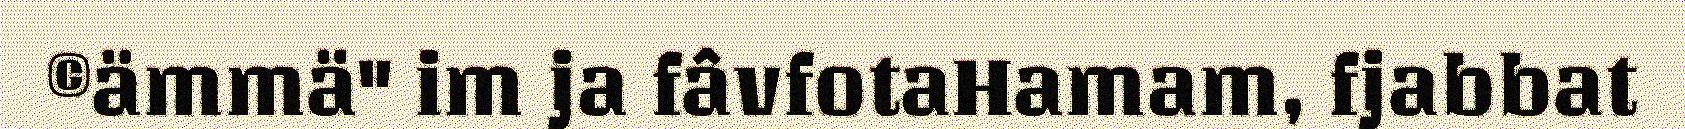
©ämmä" im ja fâvfotaHamam, fjabbat